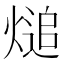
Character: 㷟